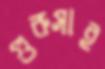
গুরুসাই